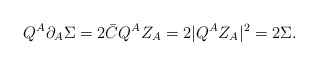
\begin{align*}Q^A \partial_A \Sigma = 2 \bar{C} Q^A Z_A = 2 |Q^A Z_A|^2 = 2 \Sigma.\end{align*}